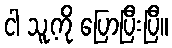
ငါ သူ့ကို ပြောပြီးပြီ။